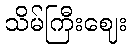
သိမ်ကြီးဈေး